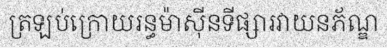
ត្រឡប់ក្រោយរន្ធម៉ាស៊ីនទីផ្សារវាយនភ័ណ្ឌ